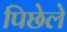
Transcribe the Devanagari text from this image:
पिछेले